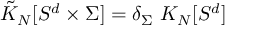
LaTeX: \tilde { K } _ { N } [ S ^ { d } \times \Sigma ] = \delta _ { \Sigma } ~ K _ { N } [ S ^ { d } ]